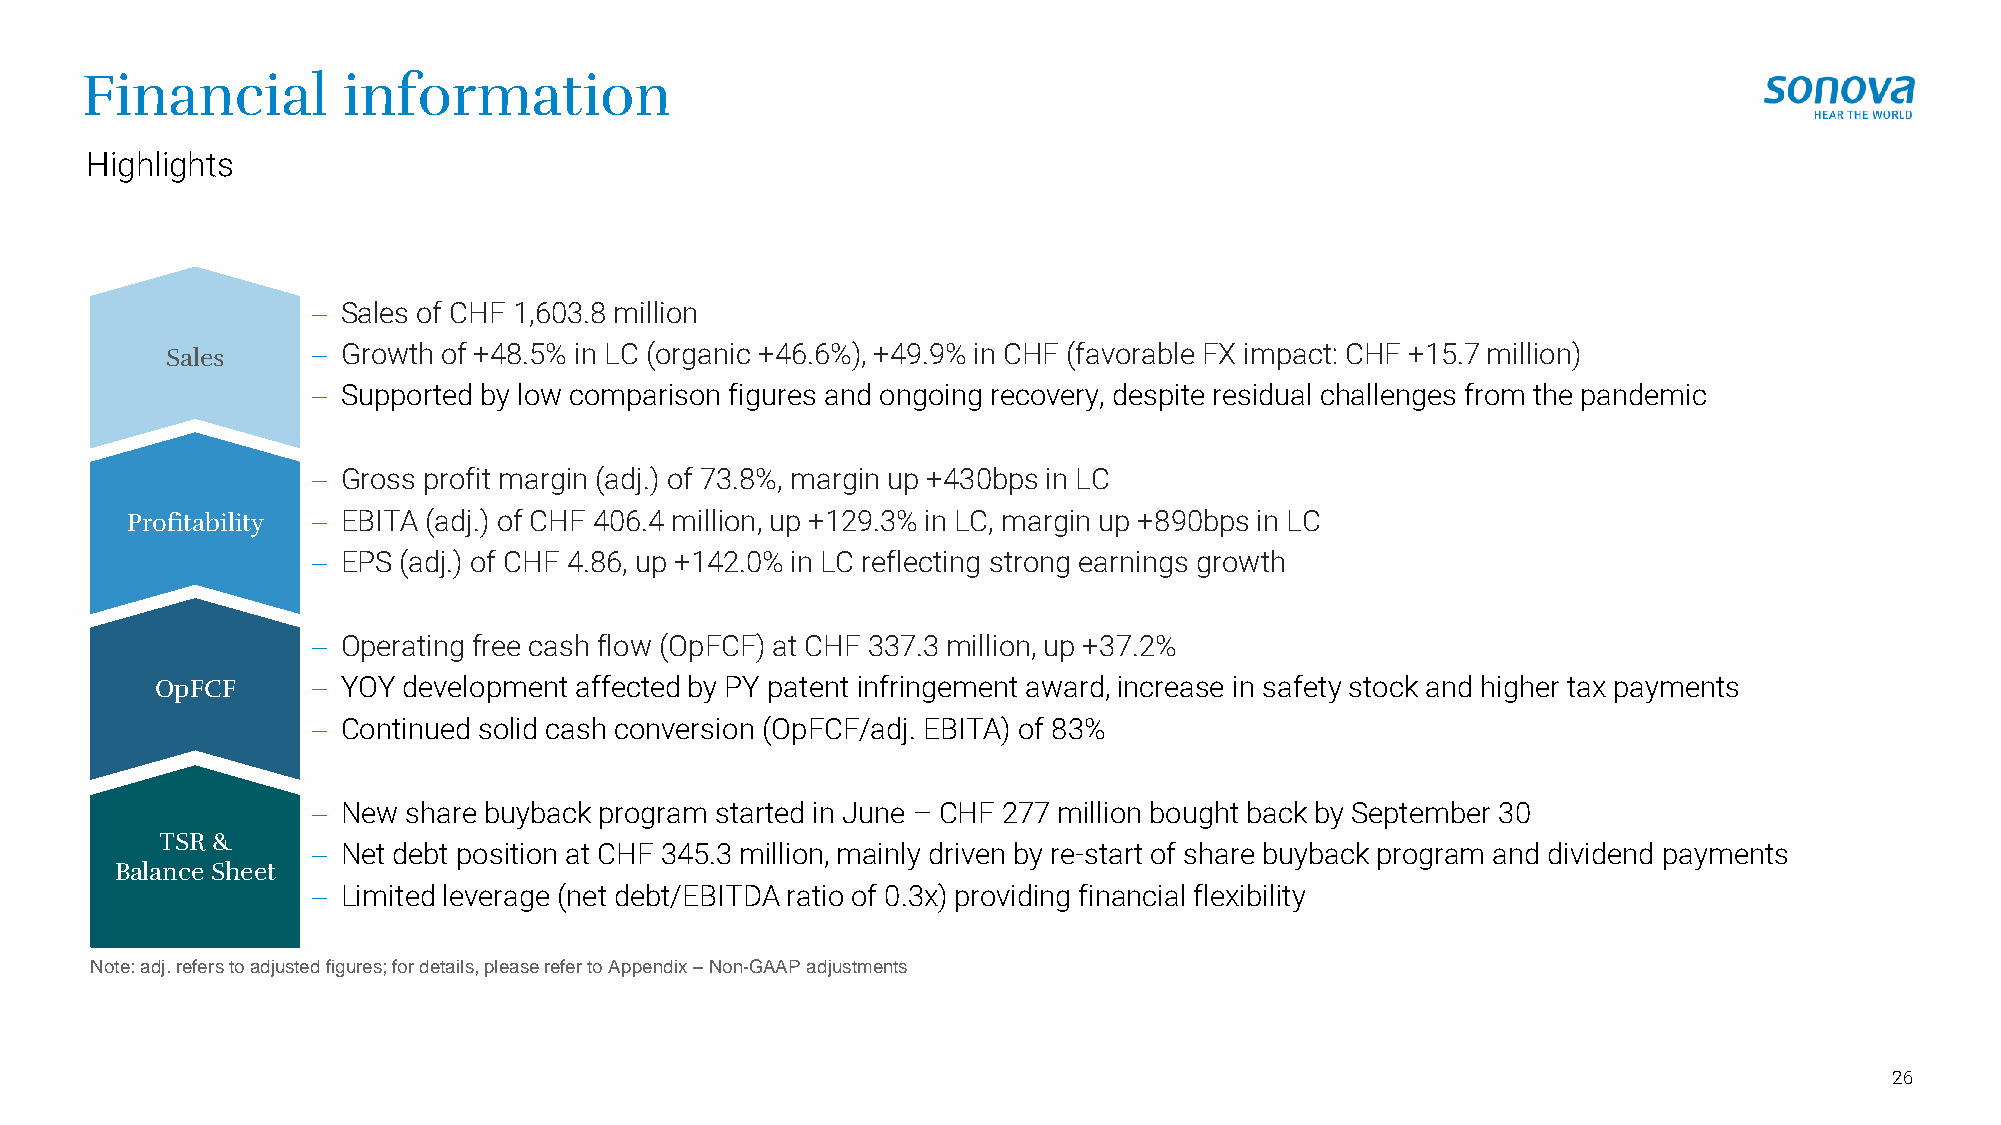
Financial         information
 Highlights
 − Sales of CHF 1,603.8 million
 Sales     − Growth of +48.5% in LC (organic +46.6%), +49.9% in CHF (favorable FX impact: CHF +15.7 million)
 − Supported by low comparison figures and ongoing recovery, despite residual challenges from the pandemic
 − Gross profit margin (adj.) of 73.8%, margin up +430bps in LC
 Profitability − EBITA (adj.) of CHF 406.4 million, up +129.3% in LC, margin up +890bps in LC
 − EPS (adj.) of CHF 4.86, up +142.0% in LC reflecting strong earnings growth
 − Operating free cash flow (OpFCF) at CHF 337.3 million, up +37.2%
 OpFCF      − YOY development affected by PY patent infringement award, increase in safety stock and higher tax payments
 − Continued solid cash conversion (OpFCF/adj. EBITA) of 83%
 − New share buyback program started in June – CHF 277 million bought back by September 30
 TSR &
 − Net debt position at CHF 345.3 million, mainly driven by re-start of share buyback program and dividend payments
 Balance Sheet
 − Limited leverage (net debt/EBITDA ratio of 0.3x) providing financial flexibility
 Note: adj. refers to adjusted figures; for details, please refer to Appendix –Non-GAAP adjustments
 26